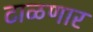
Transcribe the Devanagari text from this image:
टाळणार